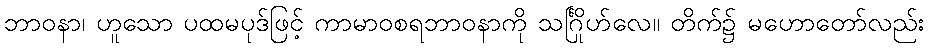
ဘာဝနာ၊ ဟူသော ပထမပုဒ်ဖြင့် ကာမာဝစရဘာဝနာကို သင်္ဂြိုဟ်လေ။ တိက်၌ မဟောတော်လည်း